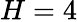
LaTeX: H=4